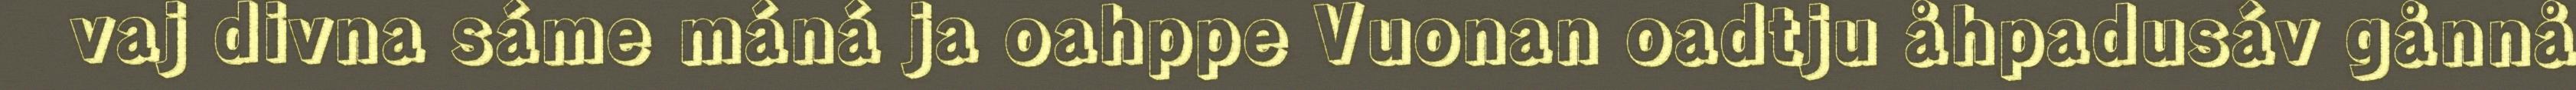
vaj divna sáme máná ja oahppe Vuonan oadtju åhpadusáv gånnå